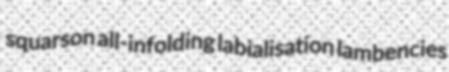
squarson all-infolding labialisation lambencies